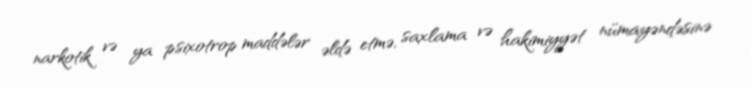
narkotik və ya psixotrop maddələr əldə etmə, saxlama və hakimiyyət nümayəndəsinə